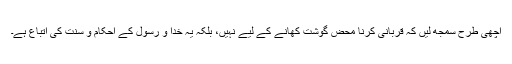
اچھی طرح سمجھ لیں کہ قربانی کرنا محض گوشت کھانے کے لیے نہیں، بلکہ یہ خدا و رسول کے احکام و سنت کی اتباع ہے۔